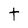
Character: t